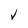
Character: V